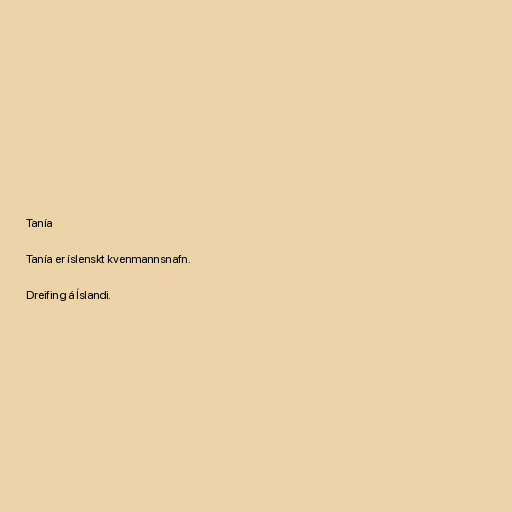
Tanía

Tanía er íslenskt kvenmannsnafn.

Dreifing á Íslandi.